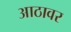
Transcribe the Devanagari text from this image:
आठावर